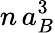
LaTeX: n\, a_{B}^{3}